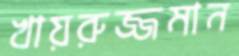
খায়রুজ্জমান